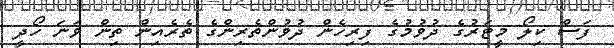
ފަސް ކިލޯ މީޓަރުގެ ދުވުމުގެ ފިރިހެން ދުވުންތެރިންގެ ތެރެއިން ތިން ވަނަ ހޯދީ